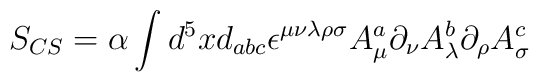
S_{CS} = \alpha \int d^{5}x d_{abc} \epsilon^{\mu \nu \lambda \rho \sigma}A_{\mu}^a \partial_{\nu} A_{\lambda}^b \partial_{\rho} A_{\sigma}^c